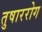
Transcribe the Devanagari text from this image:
तुषाररोग